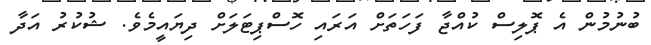
ބުނުމުން އެ ޕޮލިސް ކުއްޖާ ފަހަތަށް އަރައި ހޮސްޕިޓަލަށް ދިޔައީމެވެ. ޝުކުރު އަދާ